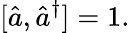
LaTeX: [{\hat{a}},{\hat{a}}^{\dagger}]=1.